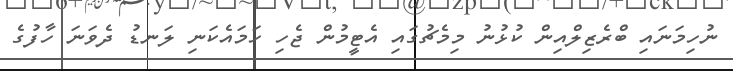
ނުހިމަނައި ބްރެޒިލްއިން ކުޅުނު މިމެޗުގައި އެޓީމުން ޖެހި ހަމައެކަނި ލަނޑު ދެވަނަ ހާފުގެ